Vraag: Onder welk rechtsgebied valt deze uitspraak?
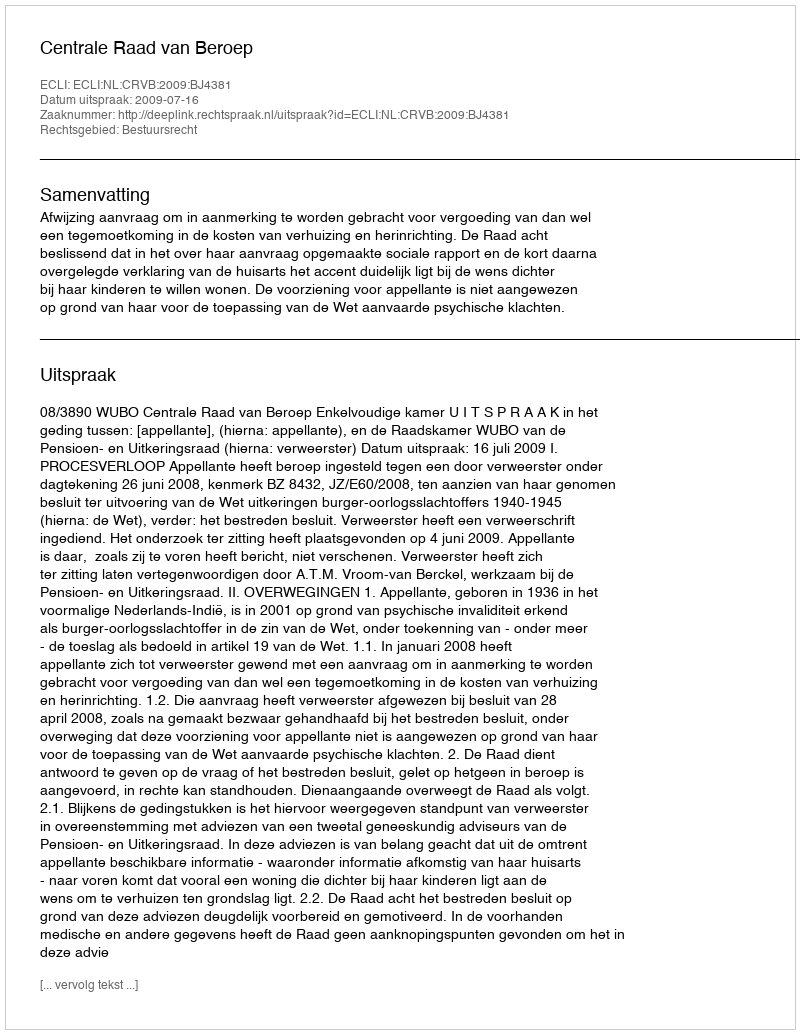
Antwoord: Bestuursrecht